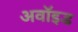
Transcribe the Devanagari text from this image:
अवॉइड